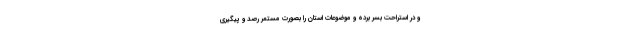
و در استراحت بسر برده و موضوعات استان را بصورت مستمر رصد و پیگیری